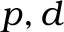
p , d